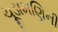
ચૂડામણિની